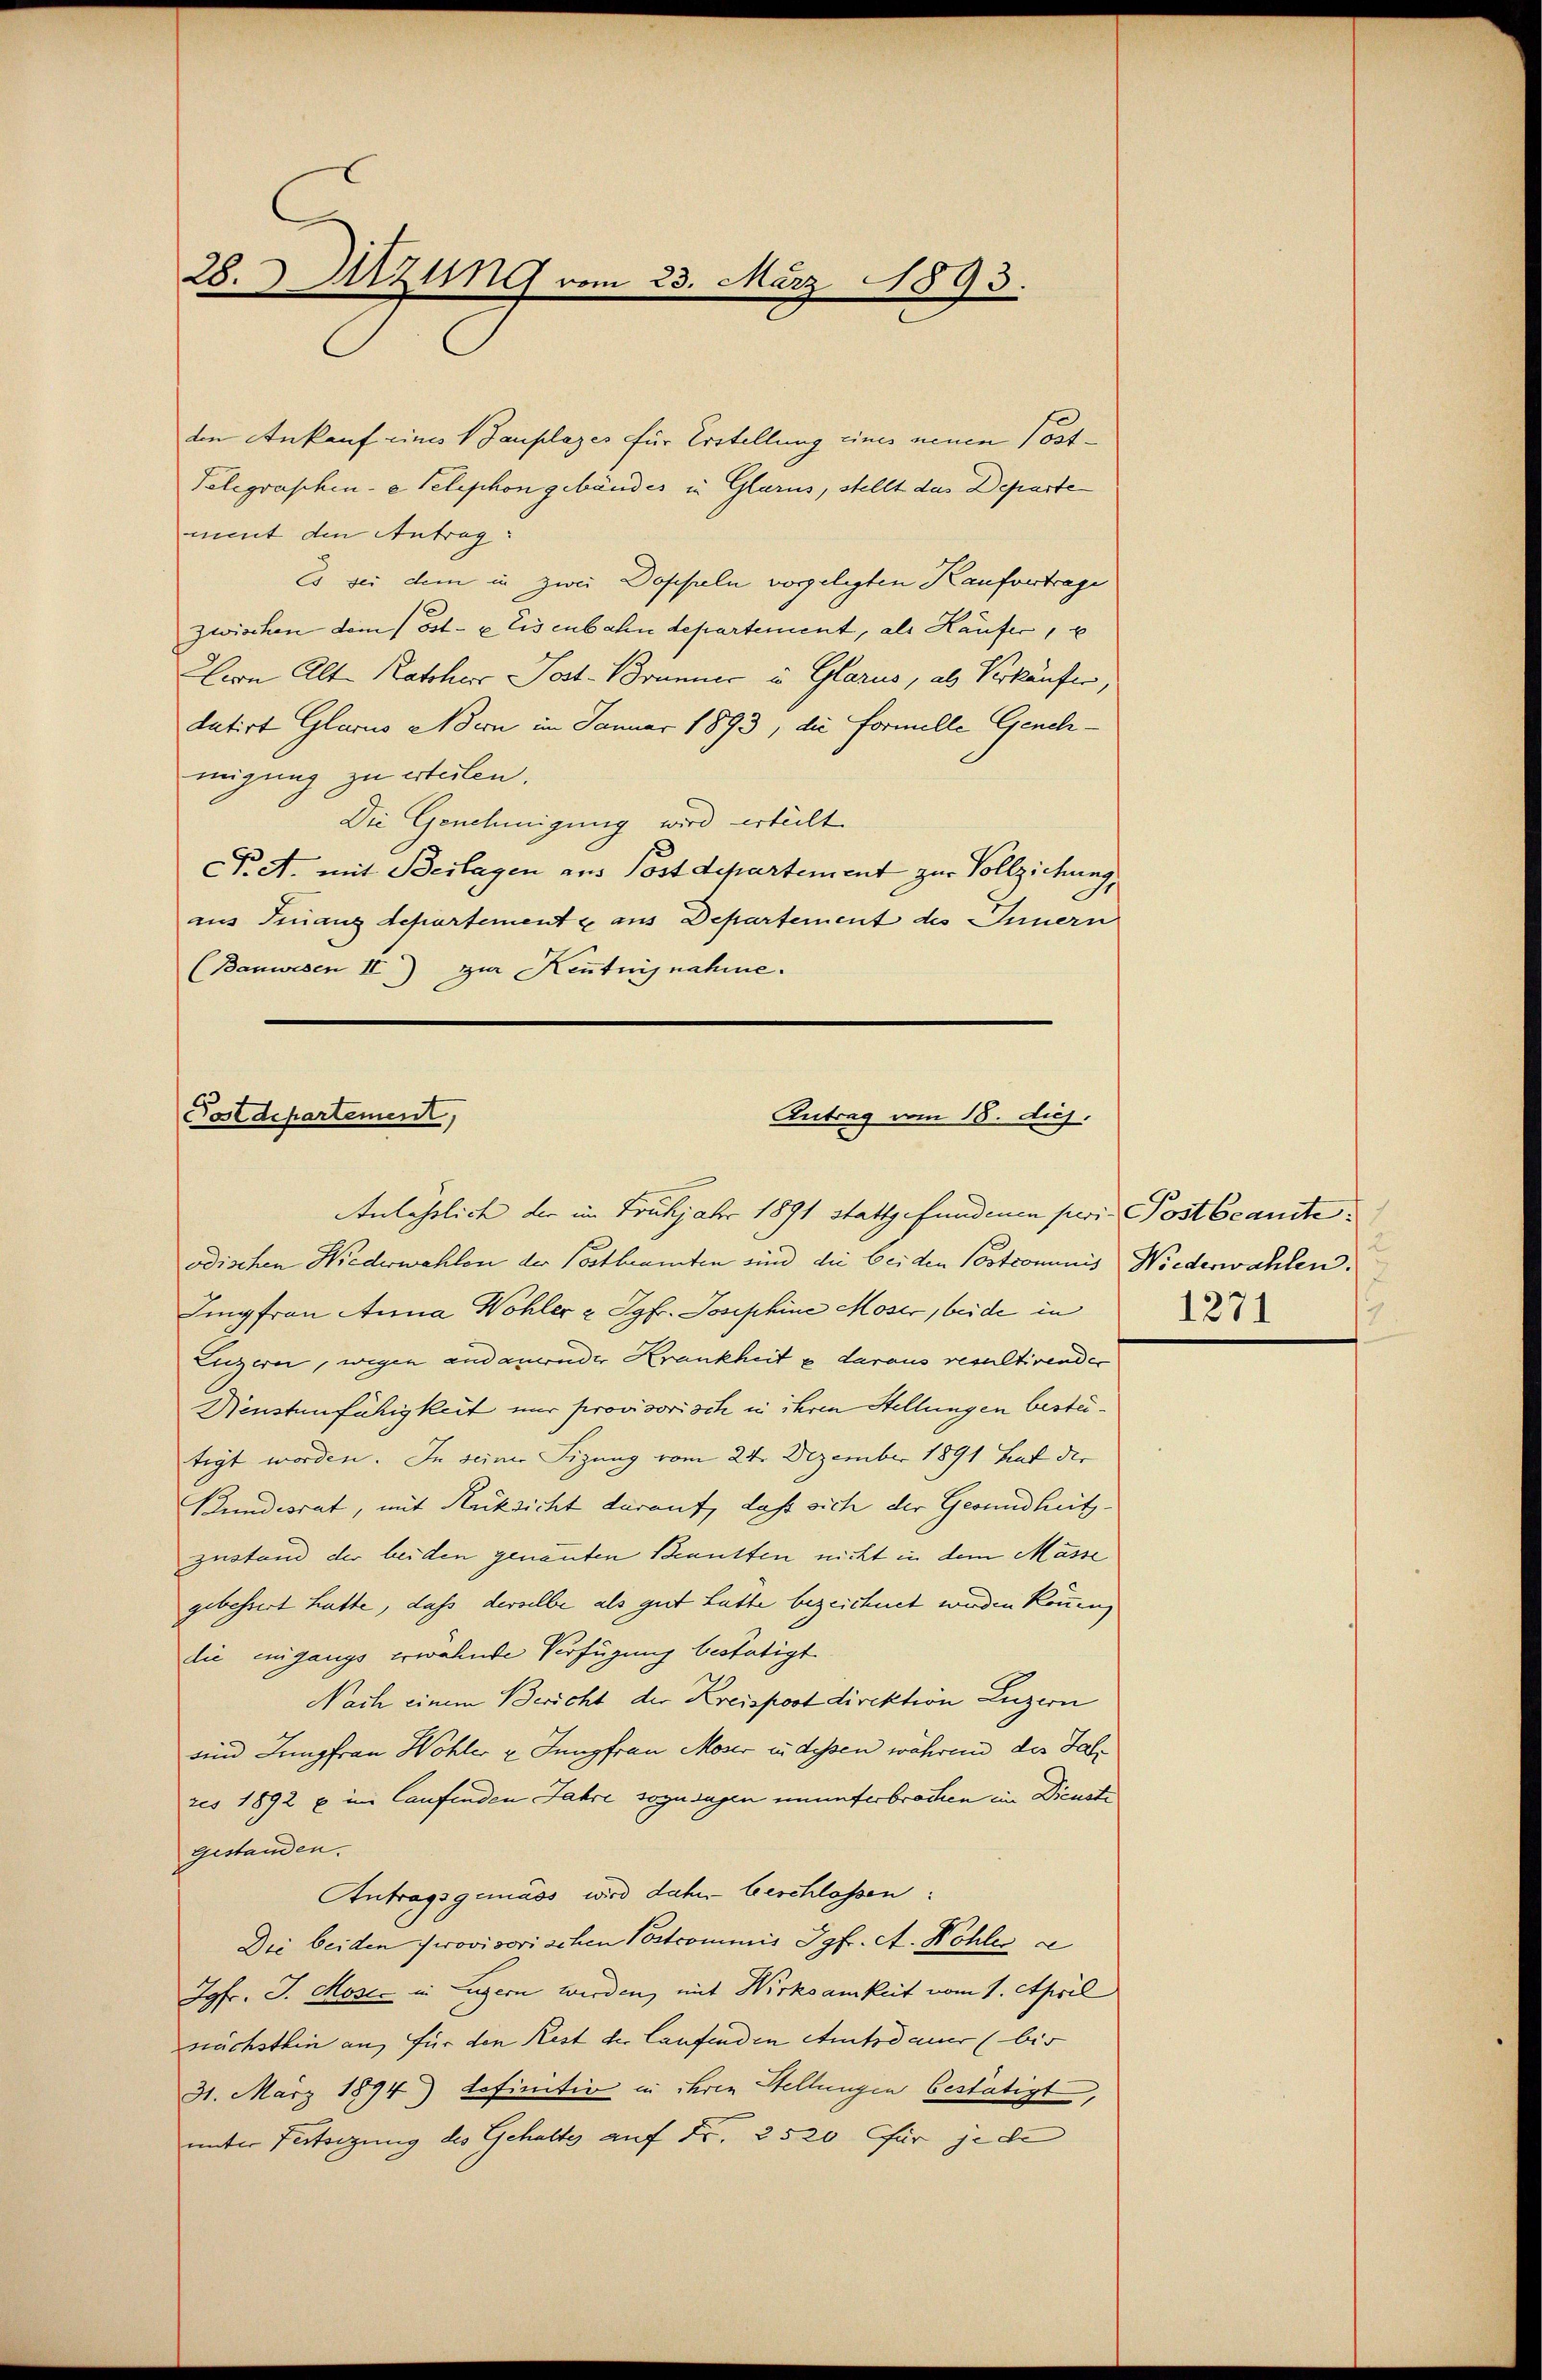
28. Sitzung vom 23. März 1893.

den Ankauf eines Gauplazes für Erstellung eines neuen ost¬
Telegraschen-a Telephon gebäudes in Glarus, stellt das Departe
ment den Antrag:
Es sei dem in zwei Doppeln vorgelegten Kaufvertrage
zwischen dem (Ost- u Eisenbahn departement, als Käufer,
Hern Alte Ratsherr Post. Brunner in Glarus, als Verkäufer,
dutirt Glarus Adern im Januar 1893, die Formelle Genehmigung zu erteilen.
Die Genehmigung wird erteilt.
At. mit Beilagen aus Postdepartement zur Vollziehung,
aus Finanzdepartement & aus Departement des Innern
(Banwesen II) zur Kentnisnahme.

Antrag vom 18. dij.
Postdepartement,

Anlässlich der im Frühjahr 1891 stattgefundenen perie Post beante
odischen Wiederwahlen der Postbeamten sind die bei den Postcommis Niederwahlen.
Jungfrau Anna Wohler u Jgfr. Josephine Moser, beide in
Luzern, wegen andauernder Krankheit & daraus resultirender
Dienstenfähigkeit nur provisorisch in ihren Stellungen bestetigt worden. In seiner Sizung vom 24. Dezember 1891 hat der
Bundesrat, mit Rücksicht darauf, daß sich der Gesundheitzzustand der beiden genannten Beansten nicht in dem Masse
gebessert hatte, dass derselbe als gut hatte bezeichnet werden können,
die eingangs erwähnte Verfügung bestätigt
Nach einem Bericht der Kreispost direktion Luzern
sind Jungfrau Wohler u. Jungfrau Moser zu dessen während des Jahres 1892 x im laufenden Jahre sozusagen ununterbrochen in Dienste
gestanden.
Antragsgemäss wird daher beschlossen:
Die beiden Provisorischen Postcommis Jgfr. A. Kohles c
Jgfr. J. Moser in Luzern werden, mit Wirksamkeit vom 1. April
nächsthin an, für den Rest der Laufenden Amtsdauer (bis
31. März 1894) tofinitiv in ihren Stellungen bestätigt,
unter Fertigung des Gehalte auf Fr. 2520 für jede

2
2
1271